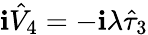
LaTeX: \mathbf{i}\hat{{V}}_{4}=-\mathbf{i}\lambda\hat{{\tau}}_{3}